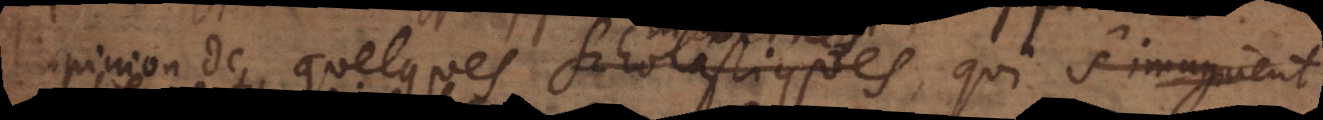
l’opinion de quelques Scholastiques, qui s’imagient